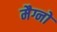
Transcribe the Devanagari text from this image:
मैग्नो